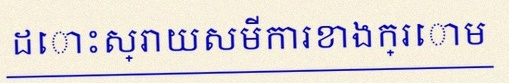
ដោះស្រាយសមីការខាងក្រោម